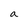
Character: a